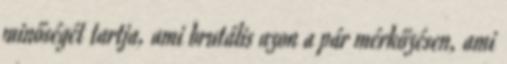
minőségét tartja, ami brutális azon a pár mérkőzésen, ami